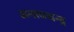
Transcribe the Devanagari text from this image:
अनाथचन्द्र